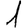
Digit: 1